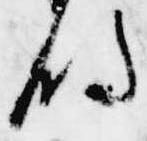
明